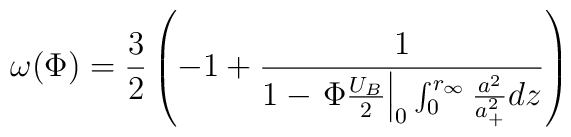
\omega(\Phi)= \frac{3}{2}\left(-1+\frac{1}{1-\left.\Phi\frac{U_B}{2}\right|_0\int_0^{r_{\infty}}\frac{a^2}{a_+^2} dz}\right)